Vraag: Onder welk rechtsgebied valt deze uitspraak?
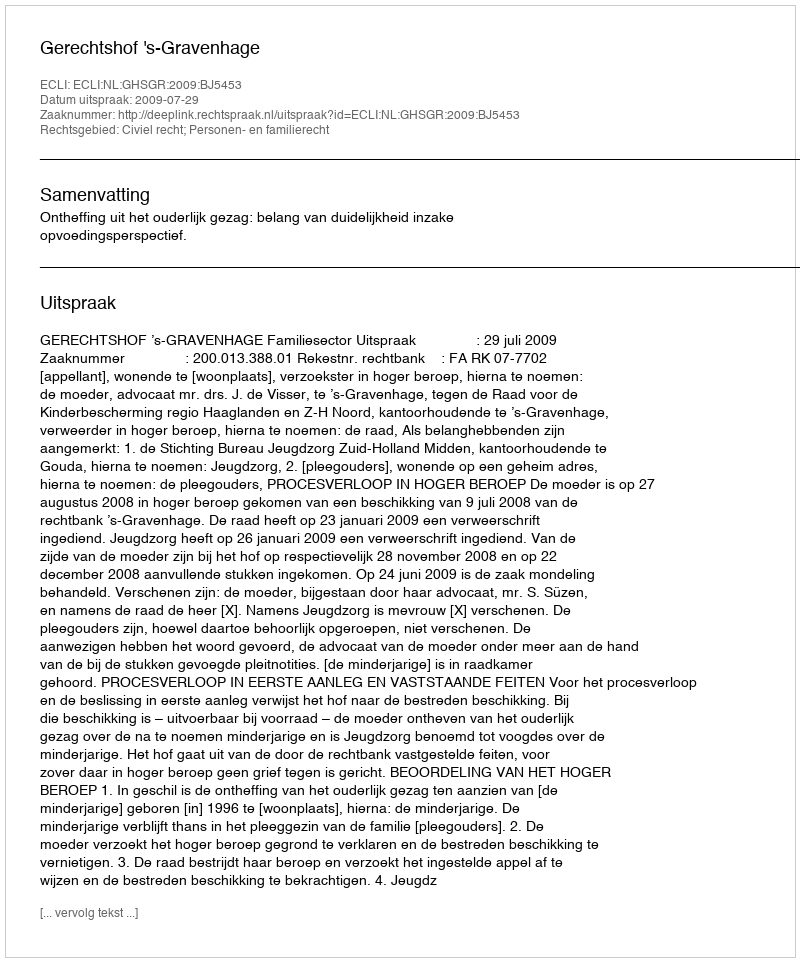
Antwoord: Civiel recht; Personen- en familierecht